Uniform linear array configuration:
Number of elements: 24
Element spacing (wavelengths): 1
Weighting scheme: cosine
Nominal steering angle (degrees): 15
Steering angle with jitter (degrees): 14.063
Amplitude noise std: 0.05
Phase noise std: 0.05

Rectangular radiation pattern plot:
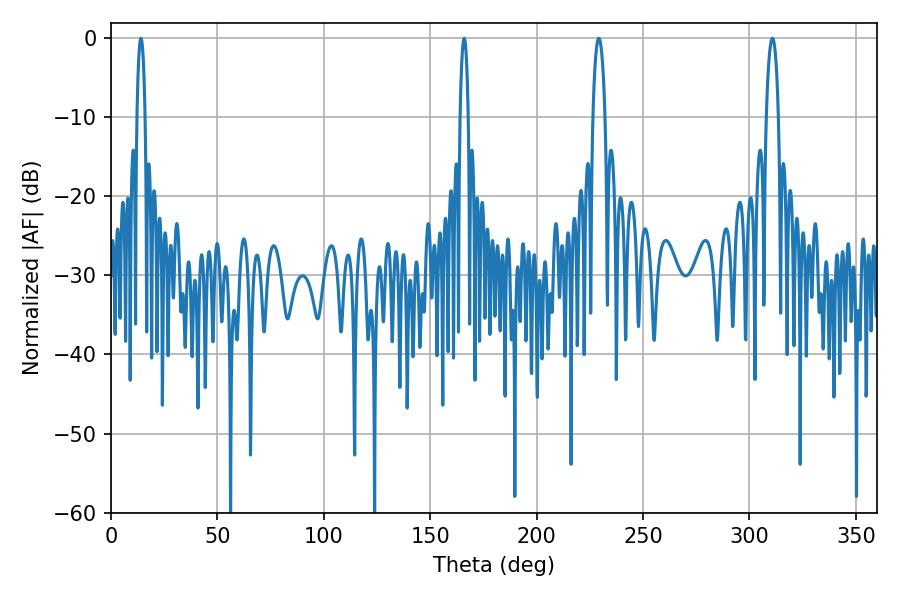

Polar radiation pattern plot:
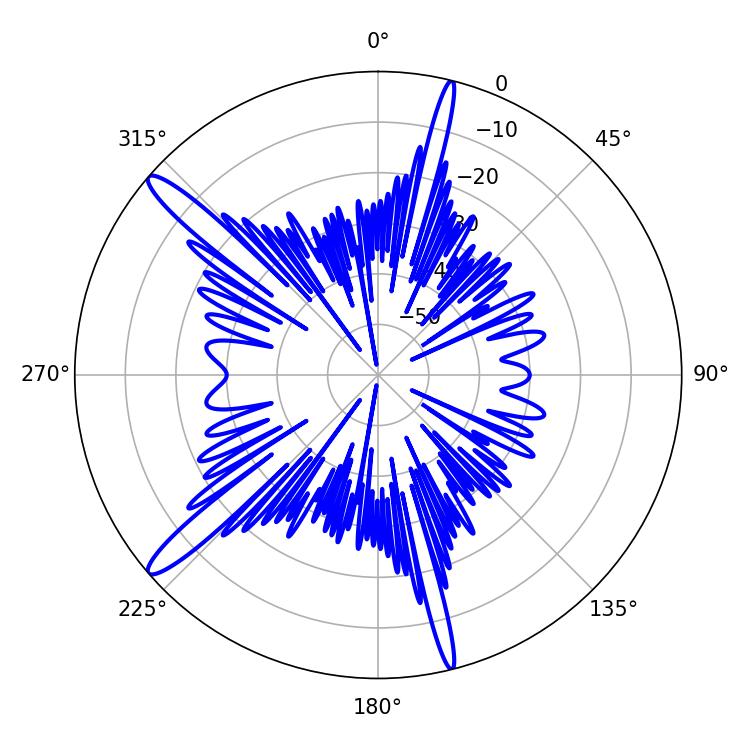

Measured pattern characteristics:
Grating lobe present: TRUE
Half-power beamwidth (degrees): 2.16
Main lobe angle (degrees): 14.04